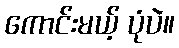
ကောင်းမယ့် ပုံပဲ။